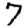
Digit: 7